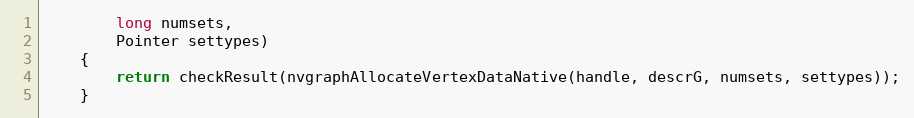
Language: Java
        long numsets,
        Pointer settypes)
    {
        return checkResult(nvgraphAllocateVertexDataNative(handle, descrG, numsets, settypes));
    }